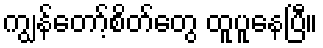
ကျွန်တော့်စိတ်တွေ ထူပူနေပြီ။